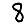
Digit: 8